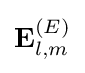
\mathbf {E} _{l,m}^{(E)}